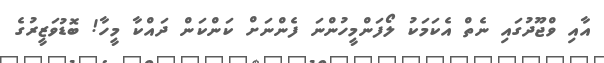
އާއި ވްޖޫދުގައި ނެތް އެކަމަކު ލޯފަންމީހުންނަ ފެންނަށް ކަންކަން ދައްކާ މީހާ! ބޮޑުވަޒީރުގެ